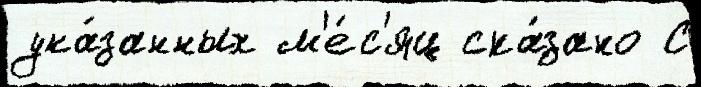
ука́занных м'е́с'яц ска́зано С